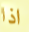
اذا